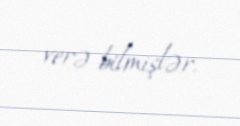
verə bilmişlər.